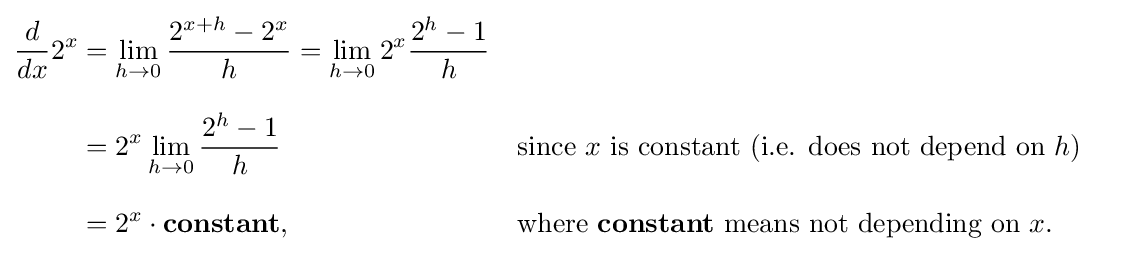
{\begin{aligned}{\frac {d}{dx}}2^{x}&=\lim _{h\to 0}{\frac {2^{x+h}-2^{x}}{h}}=\lim _{h\to 0}2^{x}{\frac {2^{h}-1}{h}}\\[8pt]&=2^{x}\lim _{h\to 0}{\frac {2^{h}-1}{h}}&&{\text{since }}x{\text{ is constant (i.e. does not depend on }}h{\text{)}}\\[8pt]&=2^{x}\cdot \mathbf {constant,} &&{\text{where }}\mathbf {constant} {\text{ means not depending on }}x.\end{aligned}}